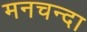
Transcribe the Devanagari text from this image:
मनचन्दा